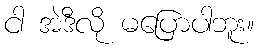
ငါ အဲဒီလို မပြောပါဘူး။